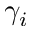
\gamma _ { i }